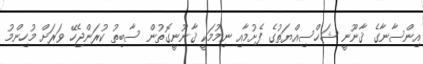
އިންސާނާގެ ޤާނޫނީ ޝަޚްސިއްޔަތުގެ ފެށުމާއި ނިމުމަކީ ޤާނޫނީގޮތުން ސާބިތު ކުރަންޖެހޭ ވަރަށް މުހިންމު